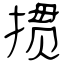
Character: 掼